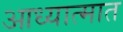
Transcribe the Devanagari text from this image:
आध्यात्मात